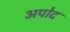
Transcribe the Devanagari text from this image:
अपोद